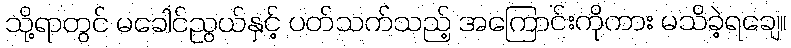
သို့ရာတွင် မခေါင်ညွယ်နှင့် ပတ်သက်သည့် အကြောင်းကိုကား မသိခဲ့ရချေ။